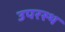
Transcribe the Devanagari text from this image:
उपरस्थ